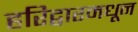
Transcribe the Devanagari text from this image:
हरिद्वारमधून